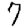
Digit: 7